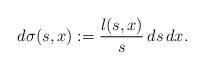
LaTeX: \begin{align*} d\sigma(s,x):=\frac{l(s,x)}{s}\,ds\,dx.\end{align*}